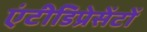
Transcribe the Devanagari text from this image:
एंटीडिप्रेसेंटों